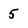
Character: 5